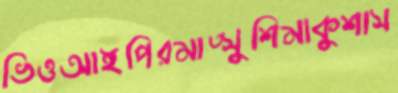
ভিওআইপিরমাত্সুশিমাকুশাস